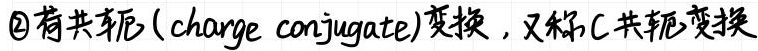
\textcircled{2}荷共轭（charge conjugate）变换，又称C共轭变换